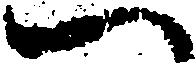
一